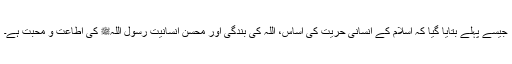
جیسے پہلے بتایا گیا کہ اسلام کے انسانی حریت کی اساس، اللہ کی بندگی اور محسنِ انسانیت رسول اللہﷺ کی اطاعت و محبت ہے۔